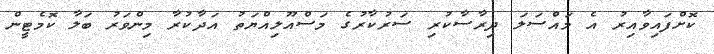
ކޮށްފައިވާއިރު އެ މައްސަލަ ދިރާސާކުރި ސަރުކާރުގެ މަސްއޫލިއްޔަތު އަދާކުރާ މިންވަރު ބަލާ ކޮމެޓީން